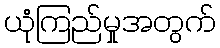
ယုံကြည်မှုအတွက်